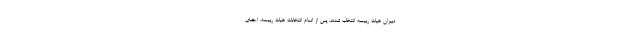
دبیران هیات رییسه انتخاب شدند. پس از اتمام انتخابات هیات رییسه، اعضای